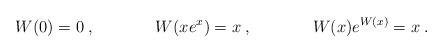
LaTeX: \begin{align*}W(0) & = 0 \: , &W(x e^x) & = x \: , &W(x) e^{W(x)} & = x \: .\end{align*}